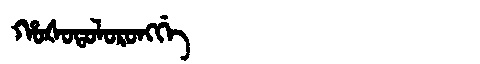
Manchu: ᡥᠣᡧᠣᡨᠣᠯᠣᡵᠣᠩᡤᡝ
Romanization: HOŠOTOLORONGGE